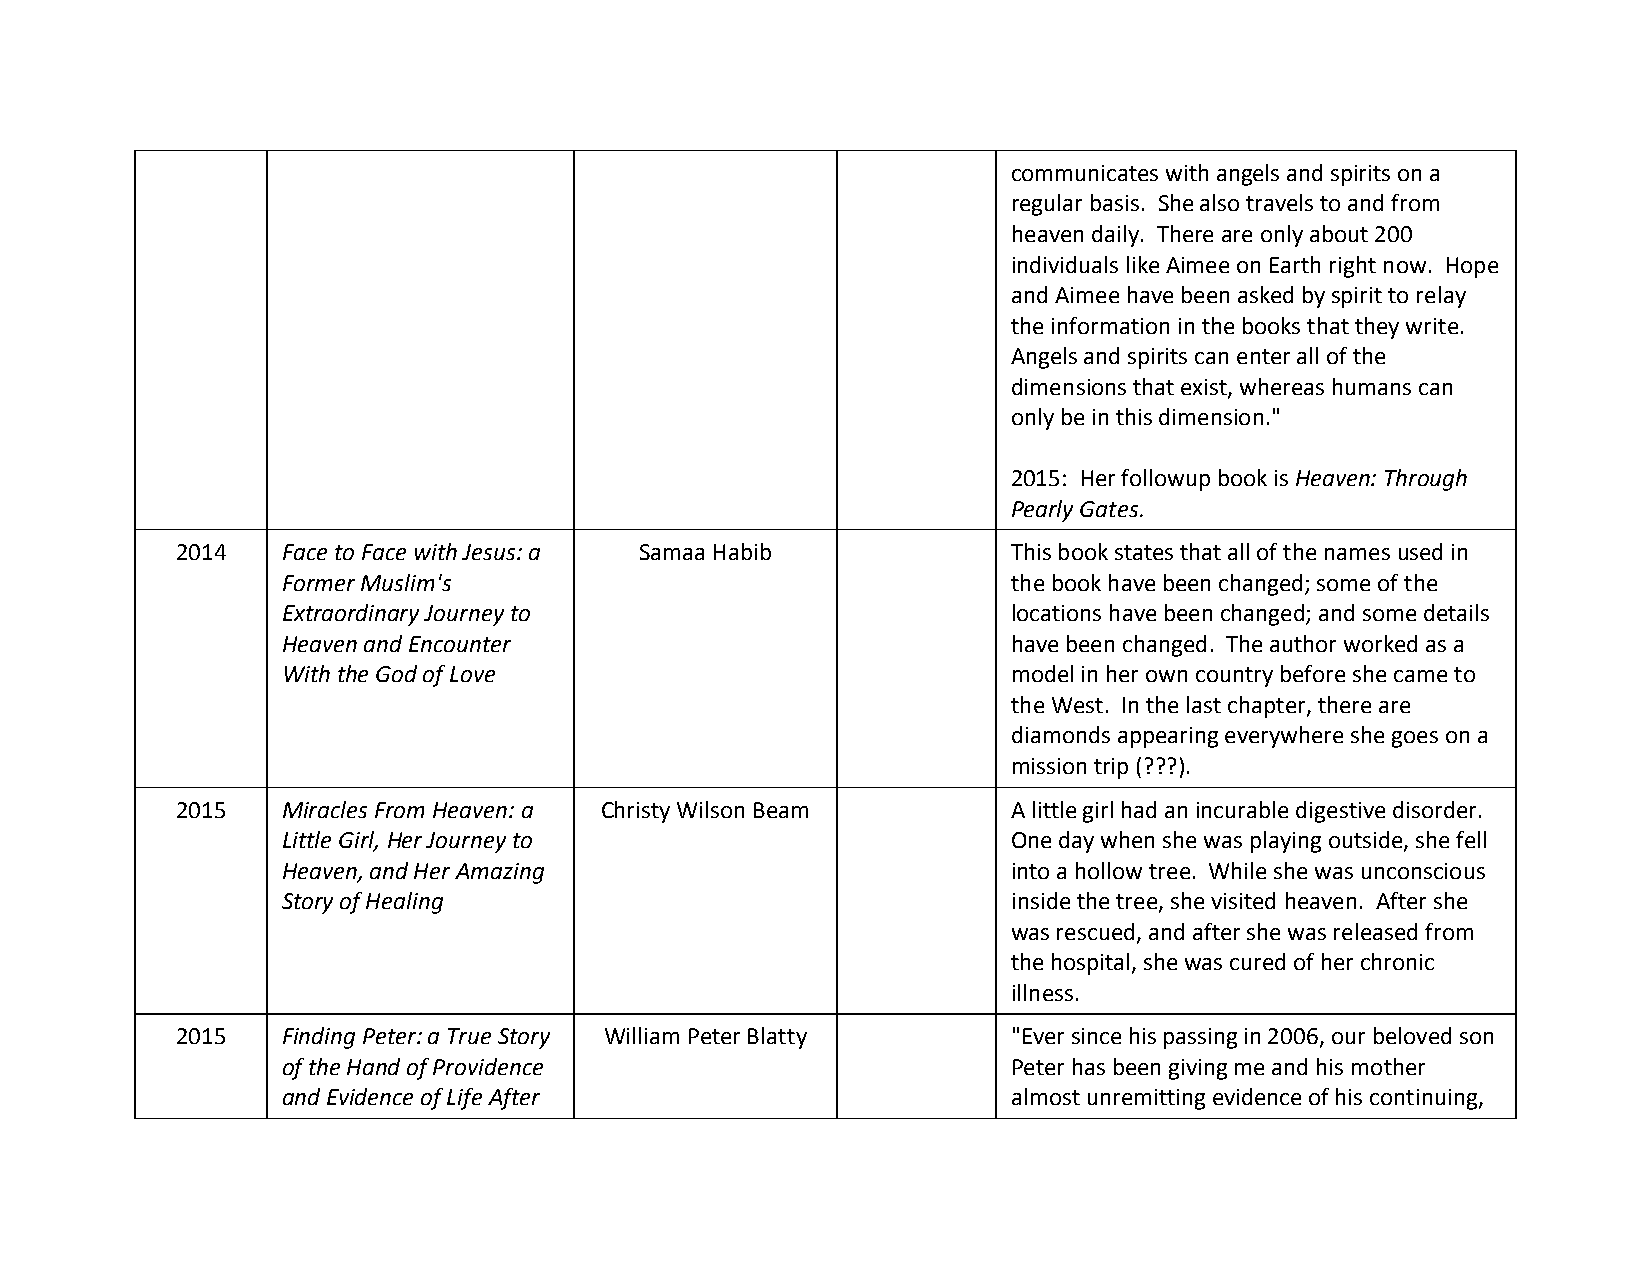
communicates with angels and spirits on a
 regular basis. She also travels to and from
 heaven daily. There are only about 200
 individuals like Aimee on Earth right now. Hope
 and Aimee have been asked by spirit to relay
 the information in the books that they write.
 Angels and spirits can enter all of the
 dimensions that exist, whereas humans can
 only be in this dimension."
 2015: Her followup book is Heaven: Through
 Pearly Gates.
 2014   Face to Face with Jesus: a Samaa Habib          This book states that all of the names used in
 Former Muslim's                                 the book have been changed; some of the
 Extraordinary Journey to                        locations have been changed; and some details
 Heaven and Encounter                            have been changed. The author worked as a
 With the God of Love                            model in her own country before she came to
 the West. In the last chapter, there are
 diamonds appearing everywhere she goes on a
 mission trip (???).
 2015   Miracles From Heaven: a Christy Wilson Beam     A little girl had an incurable digestive disorder.
 Little Girl, Her Journey to                     One day when she was playing outside, she fell
 Heaven, and Her Amazing                         into a hollow tree. While she was unconscious
 Story of Healing                                inside the tree, she visited heaven. After she
 was rescued, and after she was released from
 the hospital, she was cured of her chronic
 illness.
 2015   Finding Peter: a True Story William Peter Blatty "Ever since his passing in 2006, our beloved son
 of the Hand of Providence                       Peter has been giving me and his mother
 and Evidence of Life After                      almost unremitting evidence of his continuing,